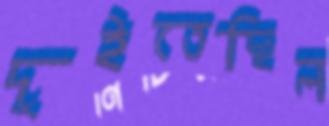
দুইতেছিল